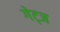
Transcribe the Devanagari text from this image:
गेट्ज